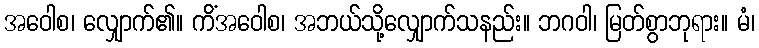
အဝေါစ၊ လျှောက်၏။ ကိံအဝေါစ၊ အဘယ်သို့လျှောက်သနည်း။ ဘဂဝါ၊ မြတ်စွာဘုရား။ မံ၊